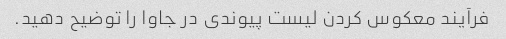
فرآیند معکوس کردن لیست پیوندی در جاوا را توضیح دهید.